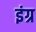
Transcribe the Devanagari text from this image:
इंग्र